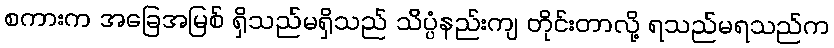
စကားက အခြေအမြစ် ရှိသည်မရှိသည် သိပ္ပံနည်းကျ တိုင်းတာလို့ ရသည်မရသည်က